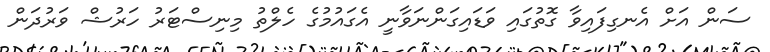
ސަން އަށް އެނގިފައިވާ ގޮތުގައި ވަޑައިގަންނަވާނީ އެގައުމުގެ ހެލްތު މިނިސްޓަރު ހަރުޝް ވަރުދަން